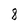
Character: 8